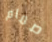
صمام